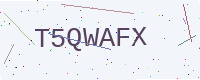
Text: T5QWAFX